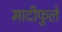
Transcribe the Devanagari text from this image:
मादीफुले